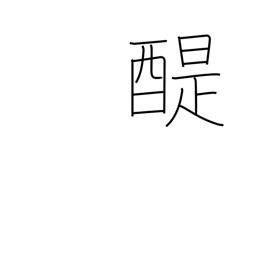
Meaning: good Buddhist teaching